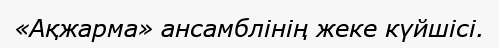
«Ақжарма» ансамблінің жеке күйшісі.